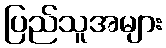
ပြည်သူအများ